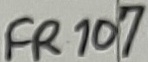
Text: FR107